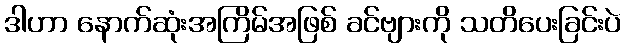
ဒါဟာ နောက်ဆုံးအကြိမ်အဖြစ် ခင်ဗျားကို သတိပေးခြင်းပဲ